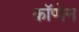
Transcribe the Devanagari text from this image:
कॉप्पेन